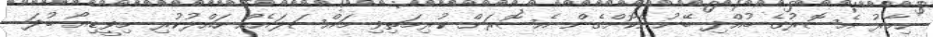
ހިމާރު އެސޮރުގެ ބުއްދި ބޭނުންކޮށްގެން އެސޮރަށް ކުރިމަތިވި މައްސަލައެއް ހައްލުކުރި މިވީޑިއޯ ބުދަ